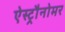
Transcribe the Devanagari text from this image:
ऐस्ट्रौनोमर